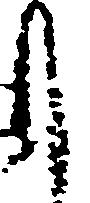
月